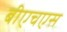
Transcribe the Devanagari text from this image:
बीएचएस